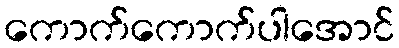
ကောက်ကောက်ပါအောင်